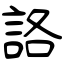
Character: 詻